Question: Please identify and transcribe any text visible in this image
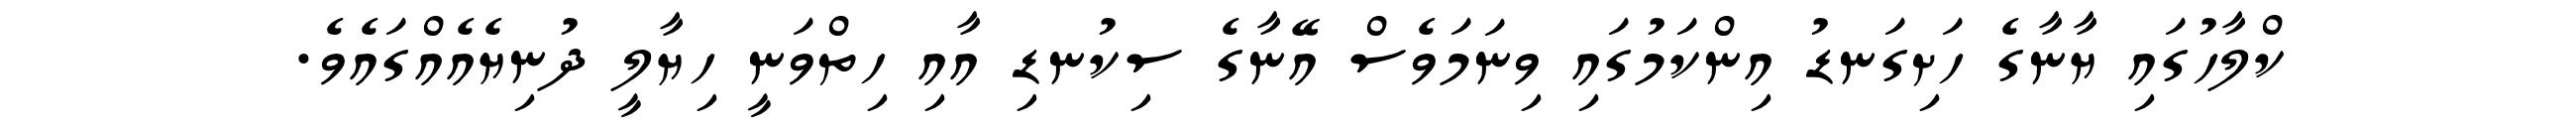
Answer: ކްލާހުގައި ޔާނާގެ ހަށިގަނޑު އިންކަމުގައި ވިނަމަވެސް އޭނާގެ ސިކުނޑި އާއި ހިތްވަނީ ހިޔާލީ ދުނިޔެއެއްގައެވެ.